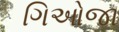
ગિઓજા